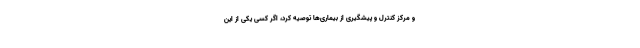
و مرکز کنترل و پیشگیری از بیماری‌ها توصیه کرد، اگر کسی یکی از این